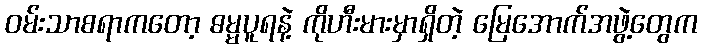
ဝမ်းသာစရာကတော့ ဓမ္မပူရနဲ့ ကိုဟီးမားမှာရှိတဲ့ မြေအောက်အဖွဲ့တွေက